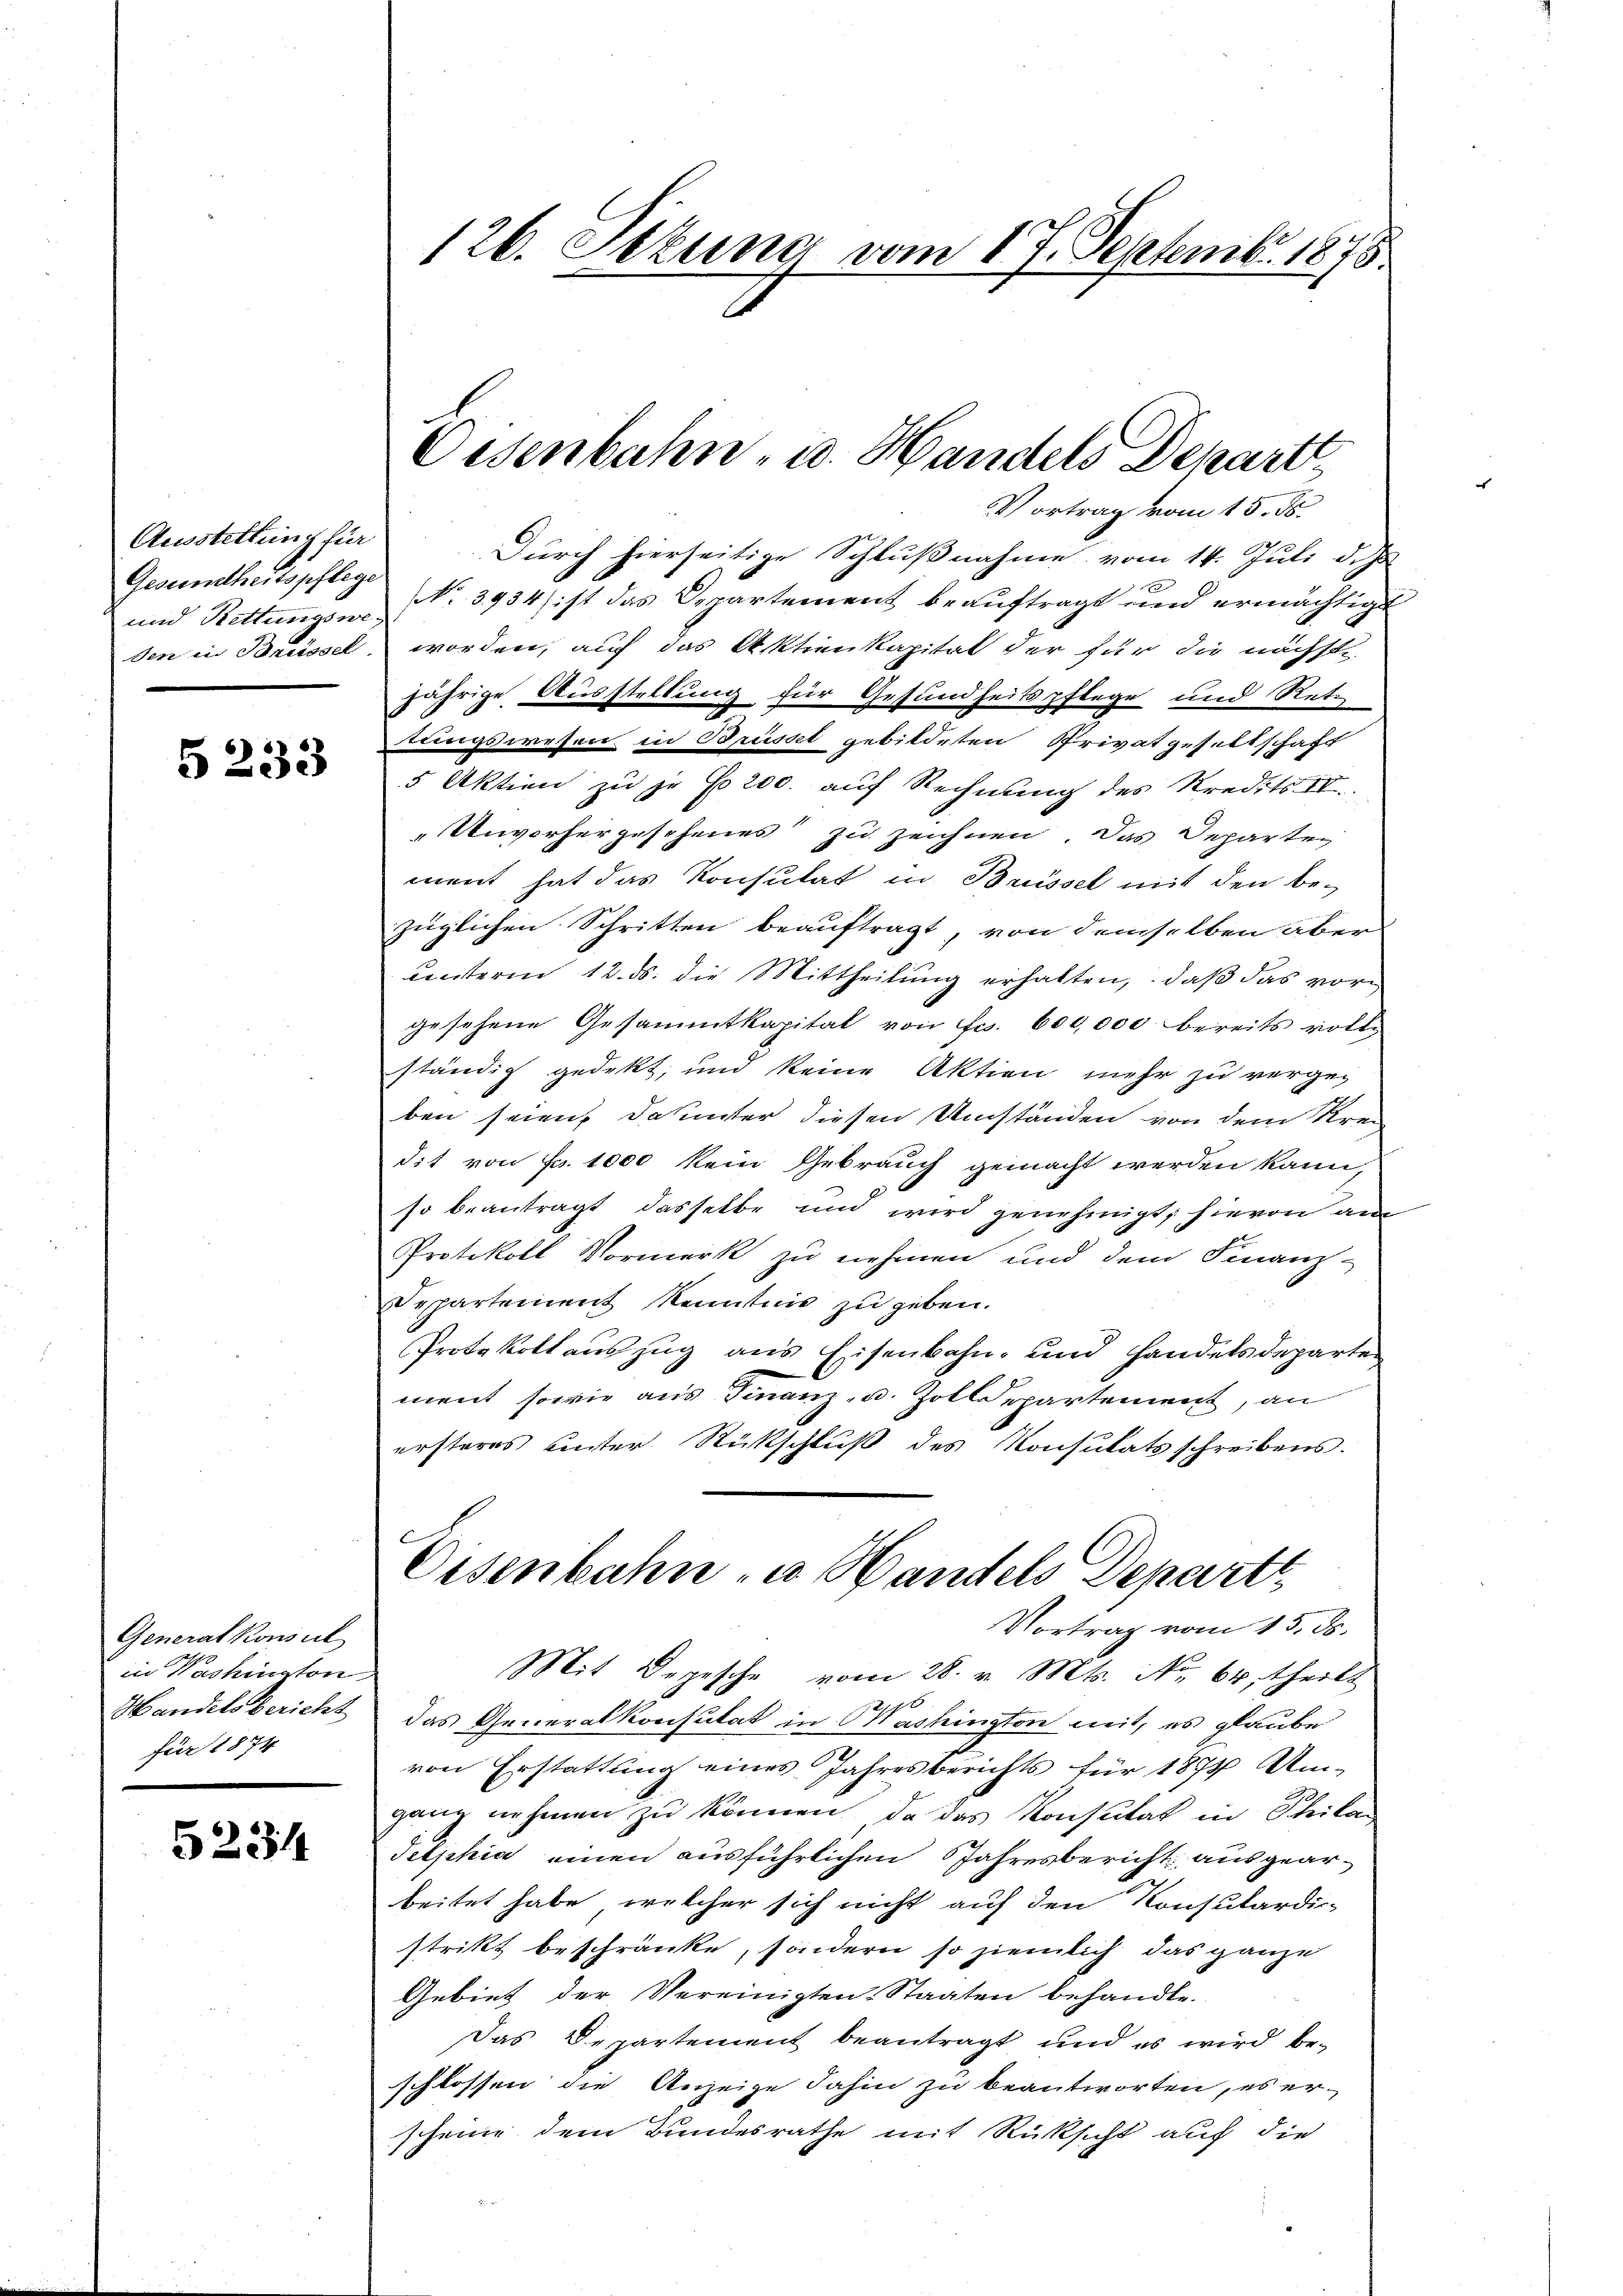
Ausstettung für
Gesundheitspflege
und Rettungswe
den in Breissel

§ 233

Generalkonsul
in Washington
Handels bericht
für 1874

5234

126. Sekung vom 17. Septemb. 1878

Eisenbahn- u. Handels Depart

Vortrag vom 15. ds.
Durch hierseitige Schlußnahme vom 14. Juli d. Js.
No. 3934/ ist das Departement beauftragt und ermächtigt
worden, auf das Aktienkapitat der für die nächste
jährige Ausstellung für Gesundheitspflege und Rete
ungswesen in Brüssel gebildeten Privatgesellschaft
5 Aktien zu je f. 200. auf Rechnung des Kredits IV.
"Unvorhergesehenes zu zeichnen. Das Departen
ment hat das Konsulat in Brissel mit den be-
züglichen Schritten beauftragt, von demselben aber
ŭnterm 12. ds. die Mittheilŭng erhalten, daβ das vorgesehene Gesammtkapital von Fr. 600,000 bereits rottständig gedekt, und keine Aktion mehr zu verge-
ben seien, dahinter diesen Umständen von dem Krei
dit von Fr. 1000 kein Gebrauch gemacht werden kann,
so beantragt dasselbe und wird genehmigt, hievon an
Protokoll Vormerk zu nehmen und dem Finanz-
epartement Kenntnis zu geben.
Protokollauszug aus Eisenbahn- und Handelsdeparten
ment, sowie aus Finanz- u. Zolldepartement, an
ersteres unter Rückschluß des Konsulatsschreibens.
Oisenbahn u. Handels Departe
Vortrag vom 13. ds.
Mit Depesche vom 28. v. Mts. No. 64, Theilt
das Generalkonsulat in Washington mit, es glaube
von Erstattung eines Jahresberichts für 1874 Am-
ganz nehmen zu können, da das Konsulat in Schilan
Telphia einen ausführlichen Jahresbericht ausgearbeitet habe, welcher sich nicht auf den Konsulardistrikt beschränke, sondern so ziemlich das ganze
Gebiet der Vereinigten-Staaten behandle.
Das Departement beantragt und es wird beschlossen die Anzeige dahin zu beantworten, es er-
scheine dem Bundesrathe mit Rüksicht auf die
S